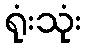
ရုံးသုံး